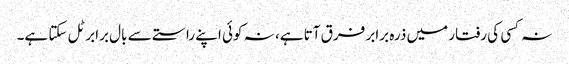
نہ کسی کی رفتار میں ذرہ برابر فرق آتا ہے، نہ کوئی اپنے راستے سے بال برابر ٹل سکتا ہے۔